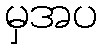
မှအပ